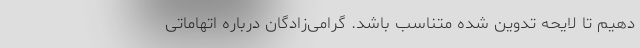
دهیم تا لایحه تدوین شده متناسب باشد. گرامی‌زادگان درباره اتهاماتی